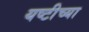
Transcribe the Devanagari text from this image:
यष्टीच्या